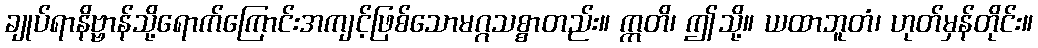
ချုပ်ရာနိဗ္ဗာန်သို့ရောက်ကြောင်းအကျင့်ဖြစ်သောမဂ္ဂသစ္စာတည်း။ ဣတိ၊ ဤသို့။ ယထာဘူတံ၊ ဟုတ်မှန်တိုင်း။